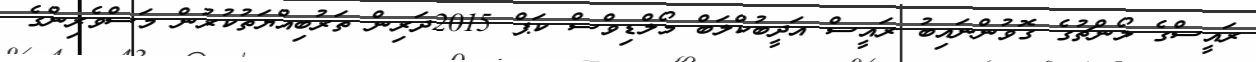
ރައީސްގެ ލޯންޗުގެ ގޮވުންނައިބު ރައީސް އަދީބުކްލަބް މޯލްޑިވްސް ކަޕް 2015ދަރިން ތަރުބިއްޔަތުކުރުން މަސްވެރިންގެ